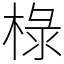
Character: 椂